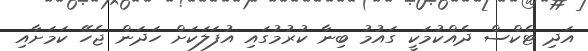
އަދި ޓެކްސް ދެއްކުމަކީ ގައުމު ބިނާ ކުރުމުގައި އުފަލަކަށް ހަދަން ޖެހޭ ކަމަށާއި